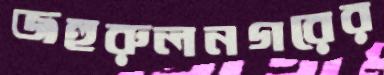
জহুরুলনগরের